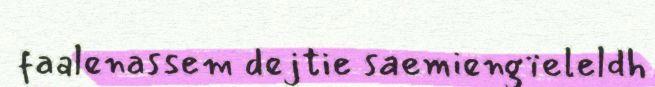
faalenassem dejtie saemiengïeleldh